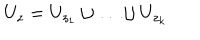
U _ { z } = U _ { z _ { 1 } } \cup \ldots \cup U _ { z _ { k } }